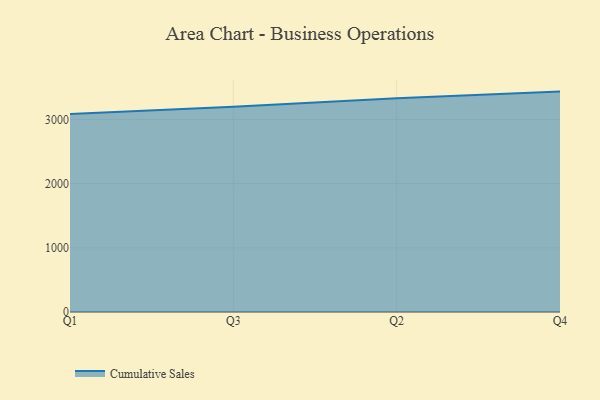
{"axis": {"x": "Quarter", "y": "Population (Million)"}, "legend": ["Cumulative Sales"], "data": [{"x": "Q1", "y": 3086.0, "type": "Cumulative Sales"}, {"x": "Q3", "y": 3198.6, "type": "Cumulative Sales"}, {"x": "Q2", "y": 3329.2, "type": "Cumulative Sales"}, {"x": "Q4", "y": 3433.4, "type": "Cumulative Sales"}]}